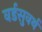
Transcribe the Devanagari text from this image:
वर्डसुवर्थ